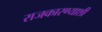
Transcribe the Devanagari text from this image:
राजकारण्याशी